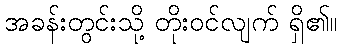
အခန်းတွင်းသို့ တိုးဝင်လျက် ရှိ၏။